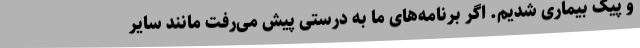
و پیک بیماری شدیم. اگر برنامه‌های ما به درستی پیش می‌رفت مانند سایر